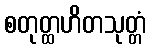
စတုတ္ထဟိတသုတ္တံ